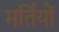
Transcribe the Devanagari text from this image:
मर्तियों